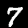
Label: 7